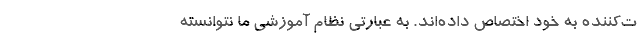
ت‌کننده به خود اختصاص داده‌اند. به عبارتی نظام آموزشی ما نتوانسته